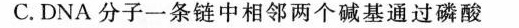
C.DNA分子一条链中相邻两个碱基通过磷酸